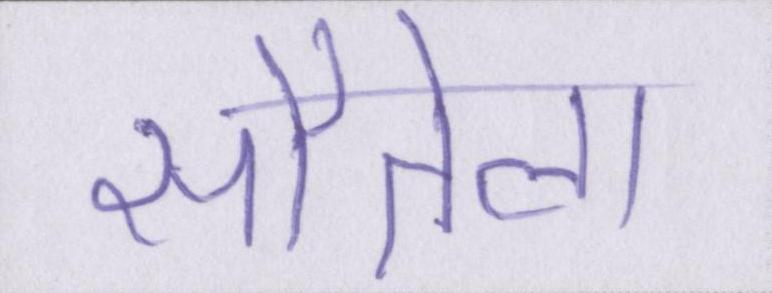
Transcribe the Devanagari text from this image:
सौतेला